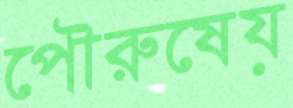
পৌরুষেয়